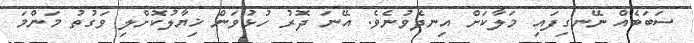
ސަބަބެއް ނޭނގިފައި މަލާކަށް އިނދެވުނެވެ. އޭނަ ދޮރު ހުޅުވަން ޚިޔާލުކޮށްލި ވަގުތު މަންމަ